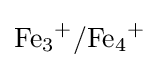
{\mathrm {Fe} {\vphantom {A}}_{\smash[{t}]{3}}{\vphantom {A}}^{+}/\mathrm {Fe} {\vphantom {A}}_{\smash[{t}]{4}}{\vphantom {A}}^{+}}